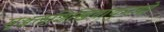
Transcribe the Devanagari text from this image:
मृञ्जलशिखिवायुमयो